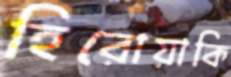
হিরোয়াকি